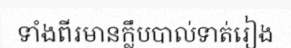
ទាំងពីរមានក្លឹបបាល់ទាត់រៀង